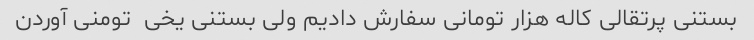
بستنی پرتقالی کاله هزار تومانی سفارش دادیم ولی بستنی یخی  تومنی آوردن